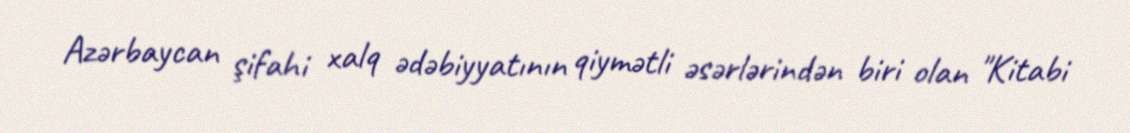
Azərbaycan şifahi xalq ədəbiyyatının qiymətli əsərlərindən biri olan "Kitabi